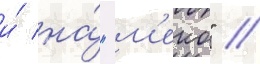
и́ на́ "м'еко" //